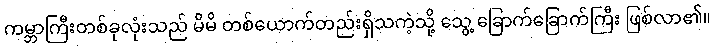
ကမ္ဘာကြီးတစ်ခုလုံးသည် မိမိ တစ်ယောက်တည်းရှိသကဲ့သို့ သွေ့ ခြောက်ခြောက်ကြီး ဖြစ်လာ၏။